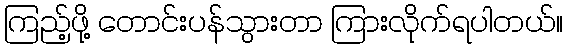
ကြည့်ဖို့ တောင်းပန်သွားတာ ကြားလိုက်ရပါတယ်။